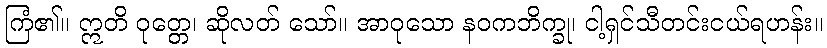
ကြံ၏။ ဣတိ ဝုတ္တေ၊ ဆိုလတ် သော်။ အာဝုသော နဝကဘိက္ခု၊ ငါ့ရှင်သီတင်းငယ်ရဟန်း။